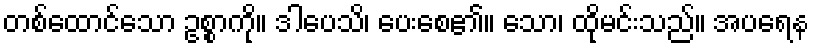
တစ်ထောင်သော ဥစ္စာကို။ ဒါပေသိ၊ ပေးစေ၏။ သော၊ ထိုမင်းသည်။ အပရေန